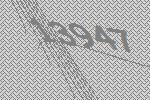
13947